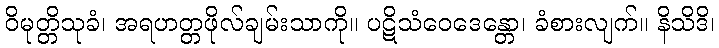
ဝိမုတ္တိသုခံ၊ အရဟတ္တဖိုလ်ချမ်းသာကို။ ပဋိသံဝေဒေန္တော၊ ခံစားလျက်။ နိသိဒိ၊